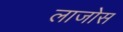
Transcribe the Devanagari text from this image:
लाजोस